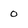
Character: 0